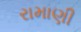
રામાણી